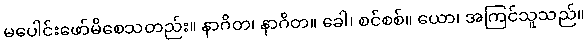
မပေါင်းဖော်မိစေသတည်း။ နာဂိတ၊ နာဂိတ။ ခေါ၊ စင်စစ်။ ယော၊ အကြင်သူသည်။